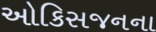
ઓકિસજનના